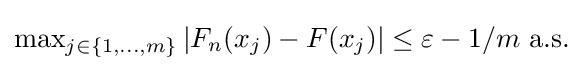
{\textstyle \max _{j\in \{1,\dots ,m\}}|F_{n}(x_{j})-F(x_{j})|\leq \varepsilon -1/m{\text{ a.s.}}}